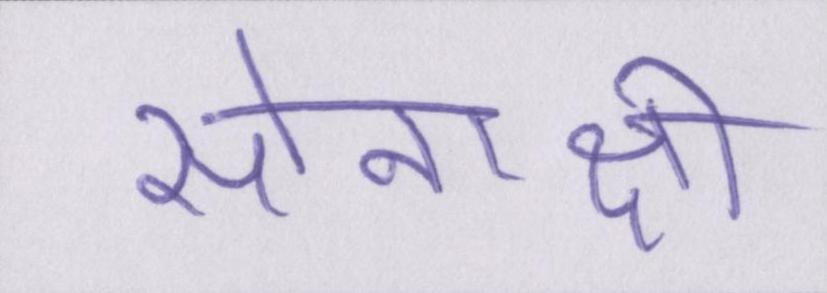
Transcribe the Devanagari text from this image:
सोनाक्षी